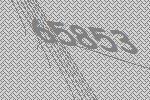
65853